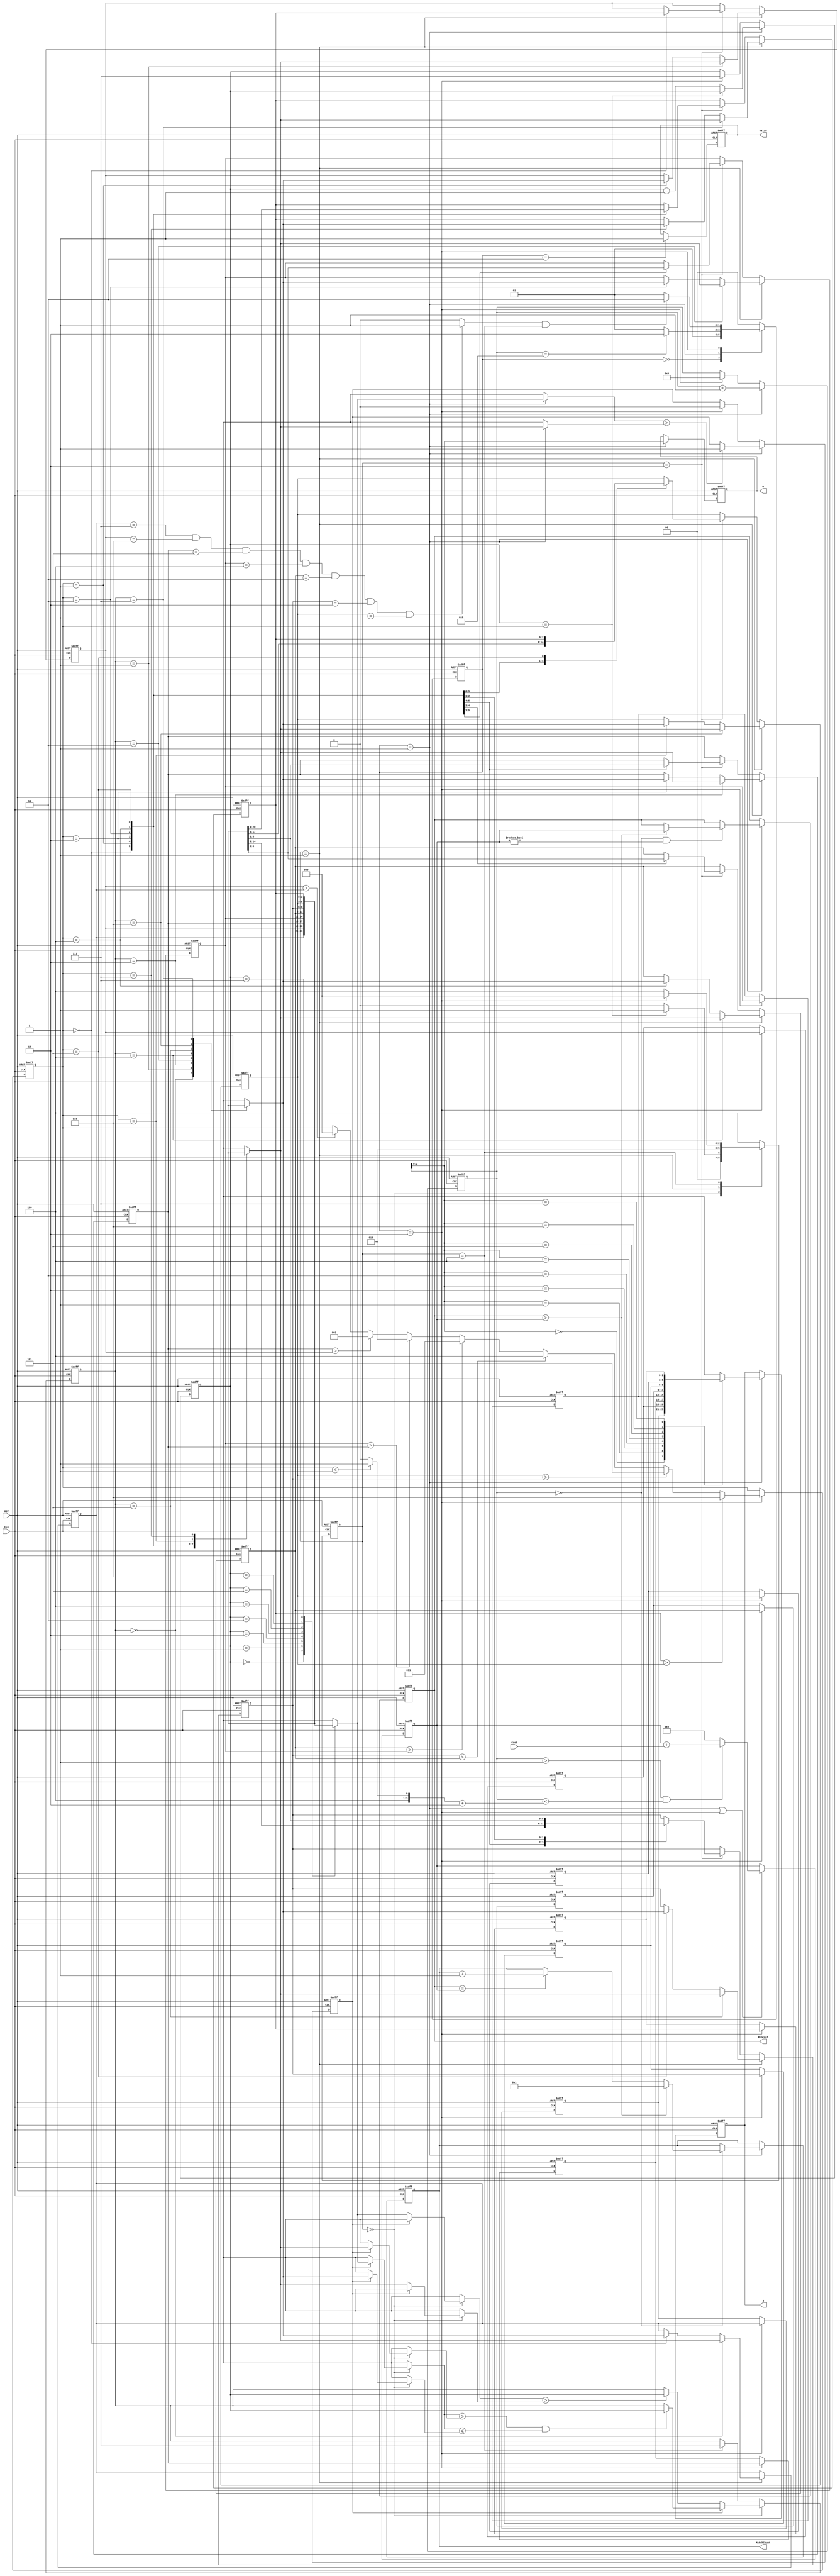
module JAM (
input CLK,
input RST,
output reg [2:0] W,
output reg [2:0] J,
input [6:0] Cost,
output reg [3:0] MatchCount,
output reg [9:0] MinCost,
output reg Valid );

localparam IDLE = 2'd0;
localparam RECV = 2'd1;
localparam SORT = 2'd2;
localparam OUT  = 2'd3;

localparam SORT0 = 3'd0;
localparam SORT1 = 3'd1;
localparam SORT2 = 3'd2;
localparam SORT3 = 3'd3;
localparam DONE  = 3'd4;

reg [1:0] ps, ns;
reg [2:0] ps_sort, ns_sort;
reg [4:0] index_i;
reg [2:0] permu [0:7], permu_temp [0:7]; // permutation
reg [9:0] cost_acc;

reg [2:0] pivot;

reg [2:0] min_max;
reg [2:0] index_mm;

reg flag_fst_swap;

wire flag_done;
wire [3:0] mode;

//state switch
always@(posedge CLK or posedge RST) begin
    if(RST) begin
        ps <= IDLE;
    end
    else begin
        ps <= ns;
    end
end

//next state logic
always@(*) begin
    case(ps)
    IDLE: ns = RECV;
    RECV: ns = (index_i == 4'd8) ? SORT : RECV;
    SORT: ns = (flag_done && ps_sort == DONE) ? OUT : RECV;
    default: ns = IDLE;
    endcase 
end

assign flag_done = (permu[0] == 3'd7 && permu[1] == 3'd6 && permu[2] == 3'd5 && permu[3] == 3'd4 && permu[4] == 3'd3 && permu[5] == 3'd2 && permu[6] == 3'd1) ? 1'd1 : 1'd0;
assign mode = (pivot < 3'd1) ? 4'd9 : 4'd8;

//state switch 
always@(posedge CLK or posedge RST) begin
    if(RST) begin
        ps_sort <= DONE;
    end
    else begin
        ps_sort <= ns_sort;
    end
end

//next state logic
always@(*) begin
    case(ps_sort)
    SORT0: ns_sort = (index_mm == pivot) ? SORT1 : SORT0;
    SORT1: ns_sort = SORT2;
    SORT2: ns_sort = DONE;
    DONE:  ns_sort = (ps == SORT) ? SORT0 : DONE;
    default: ns_sort = DONE;
    endcase 
end

integer i;
always@(posedge CLK or posedge RST) begin
    if(RST) begin
        for (i = 0;i < 8;i = i + 1) begin
           permu[i] <= i; 
        end
    end
    else if(ps_sort == SORT1)
    begin
        permu[pivot] <= permu[min_max];
        permu[min_max] <= permu[pivot];
    end

    else if(ps_sort == SORT2)
    begin
        case (pivot)
            3'd0:
            begin
                permu[1] <= permu[7];
                permu[7] <= permu[1];
                permu[2] <= permu[6];
                permu[6] <= permu[2];
                permu[3] <= permu[5];
                permu[5] <= permu[3];
            end
            3'd1:
            begin
                permu[2] <= permu[7];
                permu[7] <= permu[2];
                permu[3] <= permu[6];
                permu[6] <= permu[3];
                permu[4] <= permu[5];
                permu[5] <= permu[4];
            end
            3'd2: 
            begin
                permu[3] <= permu[7];
                permu[7] <= permu[3];
                permu[6] <= permu[4];
                permu[4] <= permu[6];
            end
            3'd3: 
            begin
                permu[4] <= permu[7];
                permu[7] <= permu[4];
                permu[5] <= permu[6];
                permu[6] <= permu[5];
            end
            3'd4:
            begin 
                permu[5] <= permu[7];
                permu[7] <= permu[5];
            end
            3'd5:
            begin
                permu[6] <= permu[7];
                permu[7] <= permu[6];
            end 
        endcase
    end
end

genvar g;
generate
for(g=0;g<8;g=g+1)begin
	always @(posedge CLK or posedge RST) begin
		if(RST)
        begin
			permu_temp[g] <= g;
		end
		else if(ps == SORT) 
        begin
			permu_temp[g] <= permu[g]; 
		end
	end
end
endgenerate

always@(posedge CLK or posedge RST) begin
    if(RST) begin
        min_max <= 3'd7;
    end
    else if(ps_sort == SORT0)
    begin
        if(flag_fst_swap)
        begin
            if(permu[index_mm] > permu[pivot] && permu[index_mm] <= permu[min_max])
            begin
                min_max <= index_mm;
            end
        end
        else
        begin
            if(permu[index_mm] > permu[pivot])
            begin
                min_max <= index_mm;
            end
        end
    end
    else if(ps_sort == DONE)
    begin
        min_max <= 3'd7;
    end
end

always@(posedge CLK or posedge RST) begin
    if(RST)
    begin
        flag_fst_swap <= 1'd0;
    end
    else if(ps == RECV)
    begin
        if(permu[index_mm] > permu[pivot])
        begin
            flag_fst_swap <= 1'd1;
        end
    end
    else if(ps == SORT)
    begin
        flag_fst_swap <= 1'd0;
    end
end

always@(posedge CLK or posedge RST) begin
    if(RST)
    begin
        index_mm <= 3'd7;
    end
    else if(ps == RECV)
    begin
        index_mm <= (index_mm == pivot) ? index_mm : index_mm - 1'd1;
    end
    else if(ps == SORT)
    begin
        index_mm <= 3'd7;
    end
end

always@(posedge CLK or posedge RST) begin
    if(RST)
    begin
        pivot <= 3'd7;
    end
    else if(ps == SORT)
    begin
        if(permu[7] > permu[6])begin
            pivot <= 3'd6;
        end
        else if(permu[6] > permu[5])begin
            pivot <= 3'd5;
        end
        else if(permu[5] > permu[4])begin
            pivot <= 3'd4;
        end
        else if(permu[4] > permu[3])begin
            pivot <= 3'd3;
        end
        else if(permu[3] > permu[2])begin
            pivot <= 3'd2;
        end
        else if(permu[2] > permu[1])begin
            pivot <= 3'd1;
        end
        else if(permu[1] > permu[0])begin
            pivot <= 3'd0;
        end
    end
end

////////////////////////////////////////////////////////////////////////////////////////////////
// input data
always@(posedge CLK or posedge RST) begin
    if(RST)
    begin
        index_i <= 3'd0;
    end
    else if(ps == RECV) 
    begin
        index_i <= index_i + 1'd1;
    end
    else if(ps == SORT) 
    begin
        index_i <= 3'd0;
    end
end

always@(posedge CLK or posedge RST) begin
    if(RST)
    begin
        W <= 3'd0;
    end
    else if(ps == RECV) 
    begin
        W <= index_i[2:0];
    end
end

always@(posedge CLK or posedge RST) begin
    if(RST)
    begin
        J <= 3'd0;
    end
    else if(ps == RECV) 
    begin
        J <= permu_temp[index_i[2:0]];
    end
end

////////////////////////////////////////////////////////////////////////////////////////////////
// Calculate
always@(posedge CLK or posedge RST) begin
    if(RST) begin
        cost_acc <= 10'd0;
    end
    else if(ps == RECV || ps == SORT)
    begin
        cost_acc <= (index_i > 4'd1 && index_i < mode + 2) ? cost_acc + Cost : 10'd0;
    end
end

always@(posedge CLK or posedge RST) begin
    if(RST) begin
        MinCost <= {10{1'd1}};
    end
    else if(ps == RECV)
    begin
        if(index_i == 3'd0 && cost_acc != 10'd0)
            MinCost <= (MinCost > cost_acc) ? cost_acc : MinCost;
    end   
end

always@(posedge CLK or posedge RST) begin
    if(RST) begin
        MatchCount <= 5'd1;
    end
    else if(ps == RECV)
    begin
        if(index_i == 3'd0)
        begin
            if(MinCost > cost_acc)
            begin
                MatchCount <= 5'd1;
            end
            else if(MinCost == cost_acc)
            begin
                MatchCount <= MatchCount + 5'd1;
            end
        end
    end
end

////////////////////////////////////////////////////////////////////////////////////////////////
// Output data
always@(posedge CLK or posedge RST) begin
    if(RST) begin
        Valid <= 1'd0;
    end
    else if(ps == OUT)
    begin
        Valid <= 1'd1;
    end
end

endmodule